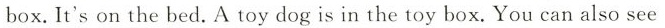
box.It's on the bed. A toy dog is in the toy box. You can also see